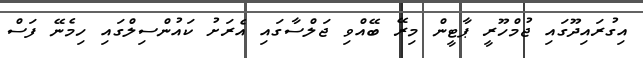
އިގުރައިދޫގައި ޖުމްހޫރީ ޕާޓީން މިރޭ ބޭއްވި ޖަލްސާގައި އެރަށު ކައުންސިލްގައި ހިމެނޭ ފަސް